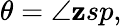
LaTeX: \theta=\angle\mathbf{z}sp,